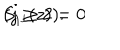
S _ { 1 ^ { j } } ( z ) = 0 \hspace { 1 0 m m } ( j \geq 2 ) .